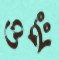
ওহঃ